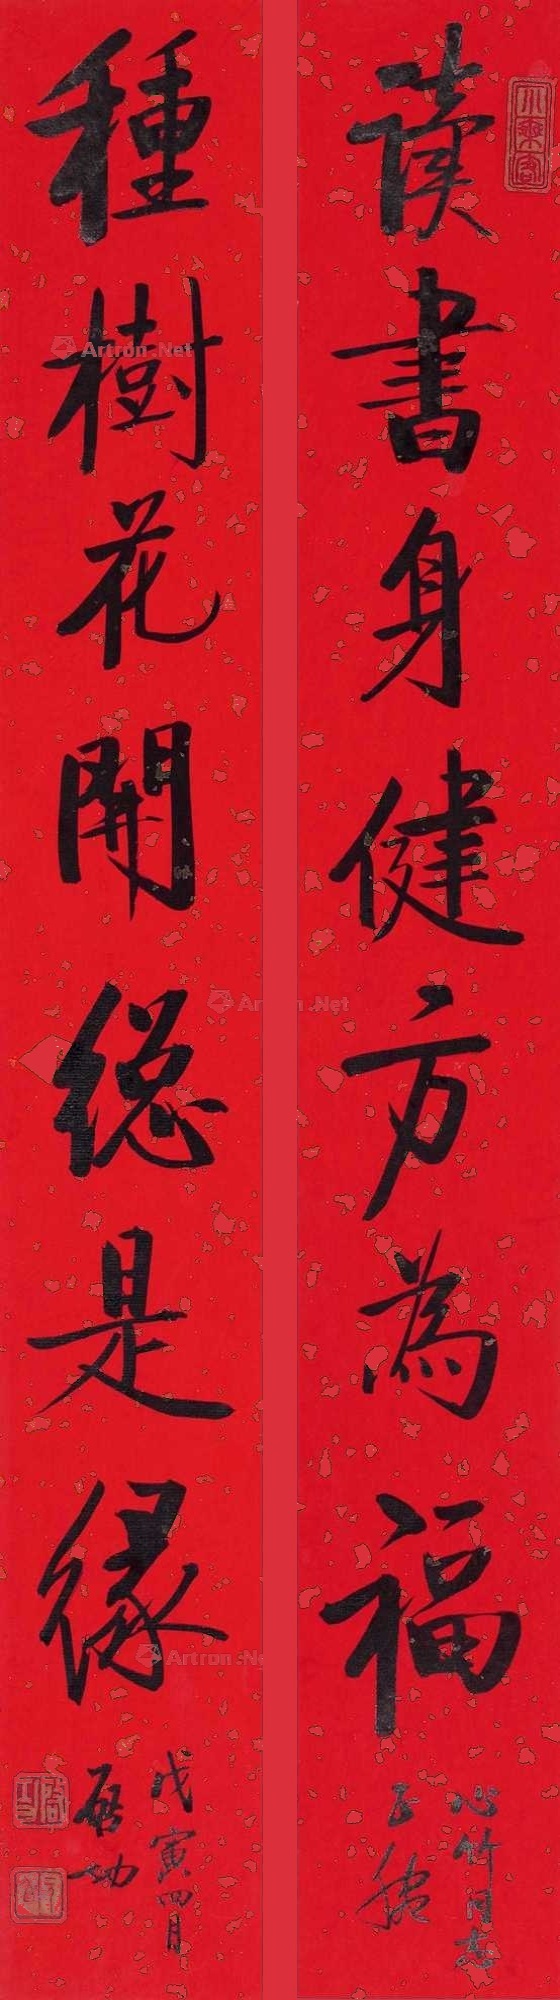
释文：读书身健方为福，种树花开总是缘。心竹同志正腕，戊寅四月，启功。